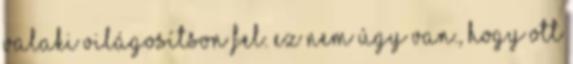
valaki világosítson fel. Ez nem úgy van., hogy ott